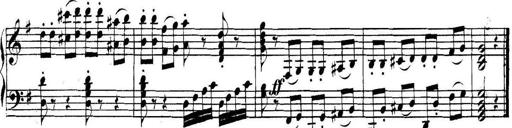
Title: Collected Piano Sonatas
Composer: Muzio Clementi